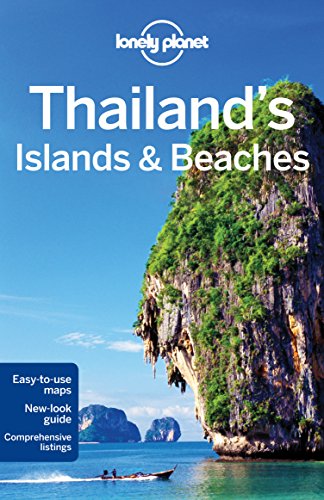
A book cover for Lonely Planet Thailand's Islands & Beaches (Travel Guide); Lonely Planet; Sports & Outdoors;